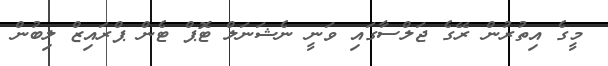
މީގެ އިތުރުން ރޭގެ ޖަލްސާގައި ވަނީ ނެޝަނަލް ޓޮޕް ޓެން ޕްރައިޒް ލިބުން